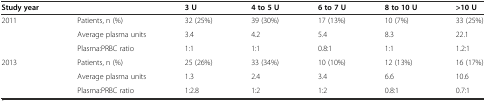
<table><thead><tr><td><b>Study year</b></td><td></td><td><b>3 U</b></td><td><b>4 to 5 U</b></td><td><b>6 to 7 U</b></td><td><b>8 to 10 U</b></td><td><b>&gt;10 U</b></td></tr></thead><tbody><tr><td rowspan="2">2011</td><td>Patients, n (%)</td><td>32 (25%)</td><td>39 (30%)</td><td>17 (13%)</td><td>10 (7%)</td><td>33 (25%)</td></tr><tr><td>Average plasma units</td><td>3.4</td><td>4.2</td><td>5.4</td><td>8.3</td><td>22.1</td></tr><tr><td></td><td>Plasma:PRBC ratio</td><td>1:1</td><td>1:1</td><td>0.8:1</td><td>1:1</td><td>1.2:1</td></tr><tr><td rowspan="2">2013</td><td>Patients, n (%)</td><td>25 (26%)</td><td>33 (34%)</td><td>10 (10%)</td><td>12 (13%)</td><td>16 (17%)</td></tr><tr><td>Average plasma units</td><td>1.3</td><td>2.4</td><td>3.4</td><td>6.6</td><td>10.6</td></tr><tr><td></td><td>Plasma:PRBC ratio</td><td>1:2.8</td><td>1:2</td><td>1:2</td><td>0.8:1</td><td>0.7:1</td></tr></tbody></table>